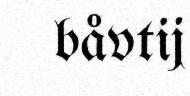
båvtij